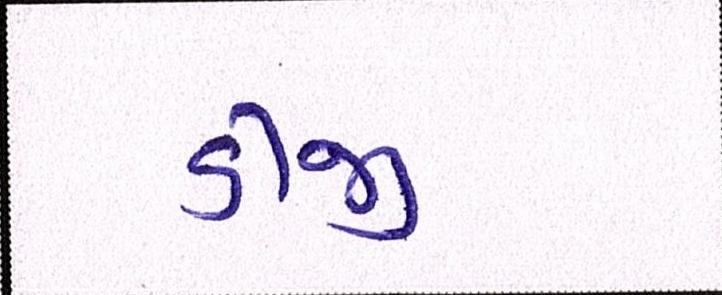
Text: ડીજી